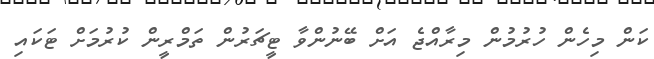
ކަން މިހެން ހުރުމުން މިރާއްޖެ އަށް ބޭނުންވާ ޓީޗަރުން ތަމްރީން ކުރުމަށް ޓަކައި